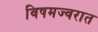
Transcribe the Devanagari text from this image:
विषमज्वरात